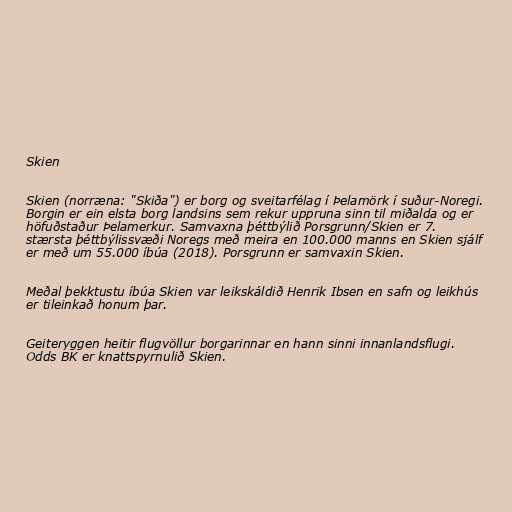
Skien

Skien (norræna: "Skiða") er borg og sveitarfélag í Þelamörk í suður-Noregi.
Borgin er ein elsta borg landsins sem rekur uppruna sinn til miðalda og er
höfuðstaður Þelamerkur. Samvaxna þéttbýlið Porsgrunn/Skien er 7.
stærsta þéttbýlissvæði Noregs með meira en 100.000 manns en Skien sjálf
er með um 55.000 íbúa (2018). Porsgrunn er samvaxin Skien.

Meðal þekktustu íbúa Skien var leikskáldið Henrik Ibsen en safn og leikhús
er tileinkað honum þar.

Geiteryggen heitir flugvöllur borgarinnar en hann sinni innanlandsflugi.
Odds BK er knattspyrnulið Skien.